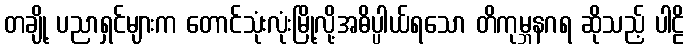
တချို့ ပညာရှင်များက တောင်သုံးလုံးမြို့လို့အဓိပ္ပါယ်ရသော တိကုမ္ဘနဂရ ဆိုသည့် ပါဠိ